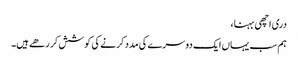
دری اچھی بہنا،
ہم سب یہاں ایک دوسرے کی مدد کرنے کی کوشش کر رھے ہیں۔